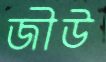
জীউ